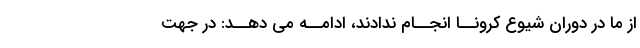
از ما در دوران شیوع کرونــا انجــام ندادند، ادامــه مى دهــد: در جهت